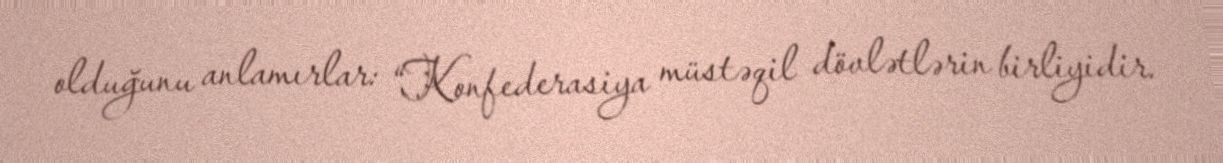
olduğunu anlamırlar: “Konfederasiya müstəqil dövlətlərin birliyidir.